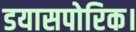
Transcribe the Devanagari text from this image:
डयासपोरिक।